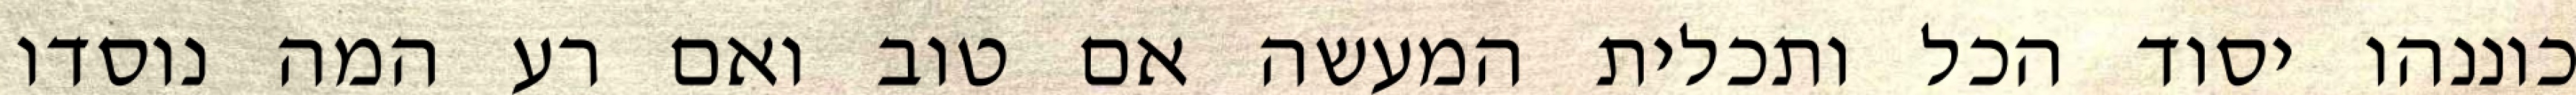
כוננהו יסוד הכל ותכלית המעשה אם טוב ואם רע המה נוסדו